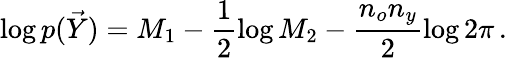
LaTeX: \log p(\vec{Y})=M_{1}-\frac{1}{2}\log M_{2}-\frac{{n_{o}}n_{y}}{2}\log 2\pi\, .